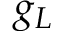
g _ { L }